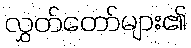
လွှတ်တော်များ၏